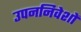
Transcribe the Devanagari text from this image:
उपननिवेशों